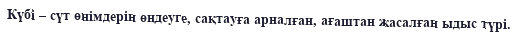
Күбі – сүт өнімдерін өңдеуге, сақтауға арналған, ағаштан жасалған ыдыс түрі.